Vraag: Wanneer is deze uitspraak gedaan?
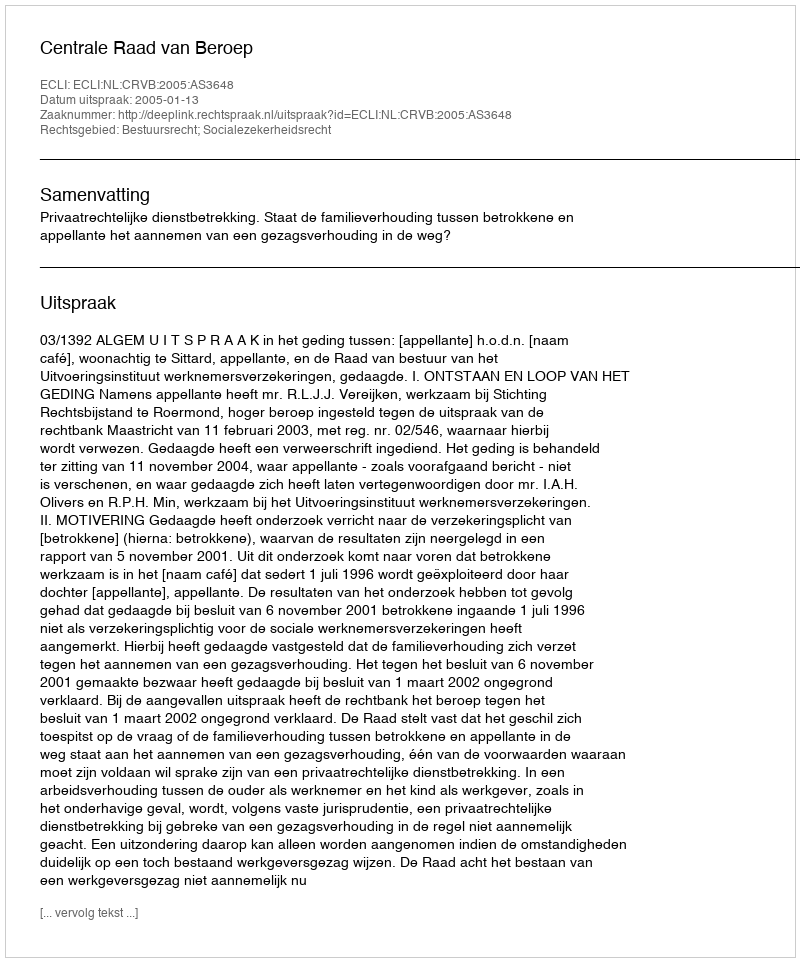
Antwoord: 2005-01-13